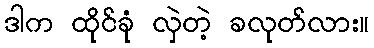
ဒါက ထိုင်ခုံ လှဲတဲ့ ခလုတ်လား။